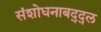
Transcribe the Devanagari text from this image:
संशोधनाबद्द्ल